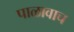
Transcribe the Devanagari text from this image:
पाळावाच